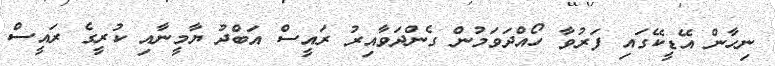
ނިހާން އޭޑީކޭގައި ފަރުވާ ހޯއްދަވަމުން ގެންދަވާއިރު ރައީސް އަބްދު ޔާމީނާއި ކުރީގެ ރައީސް